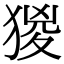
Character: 猣